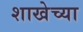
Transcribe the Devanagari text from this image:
शाखेच्‍या